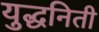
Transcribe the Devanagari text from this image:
युद्धनिती